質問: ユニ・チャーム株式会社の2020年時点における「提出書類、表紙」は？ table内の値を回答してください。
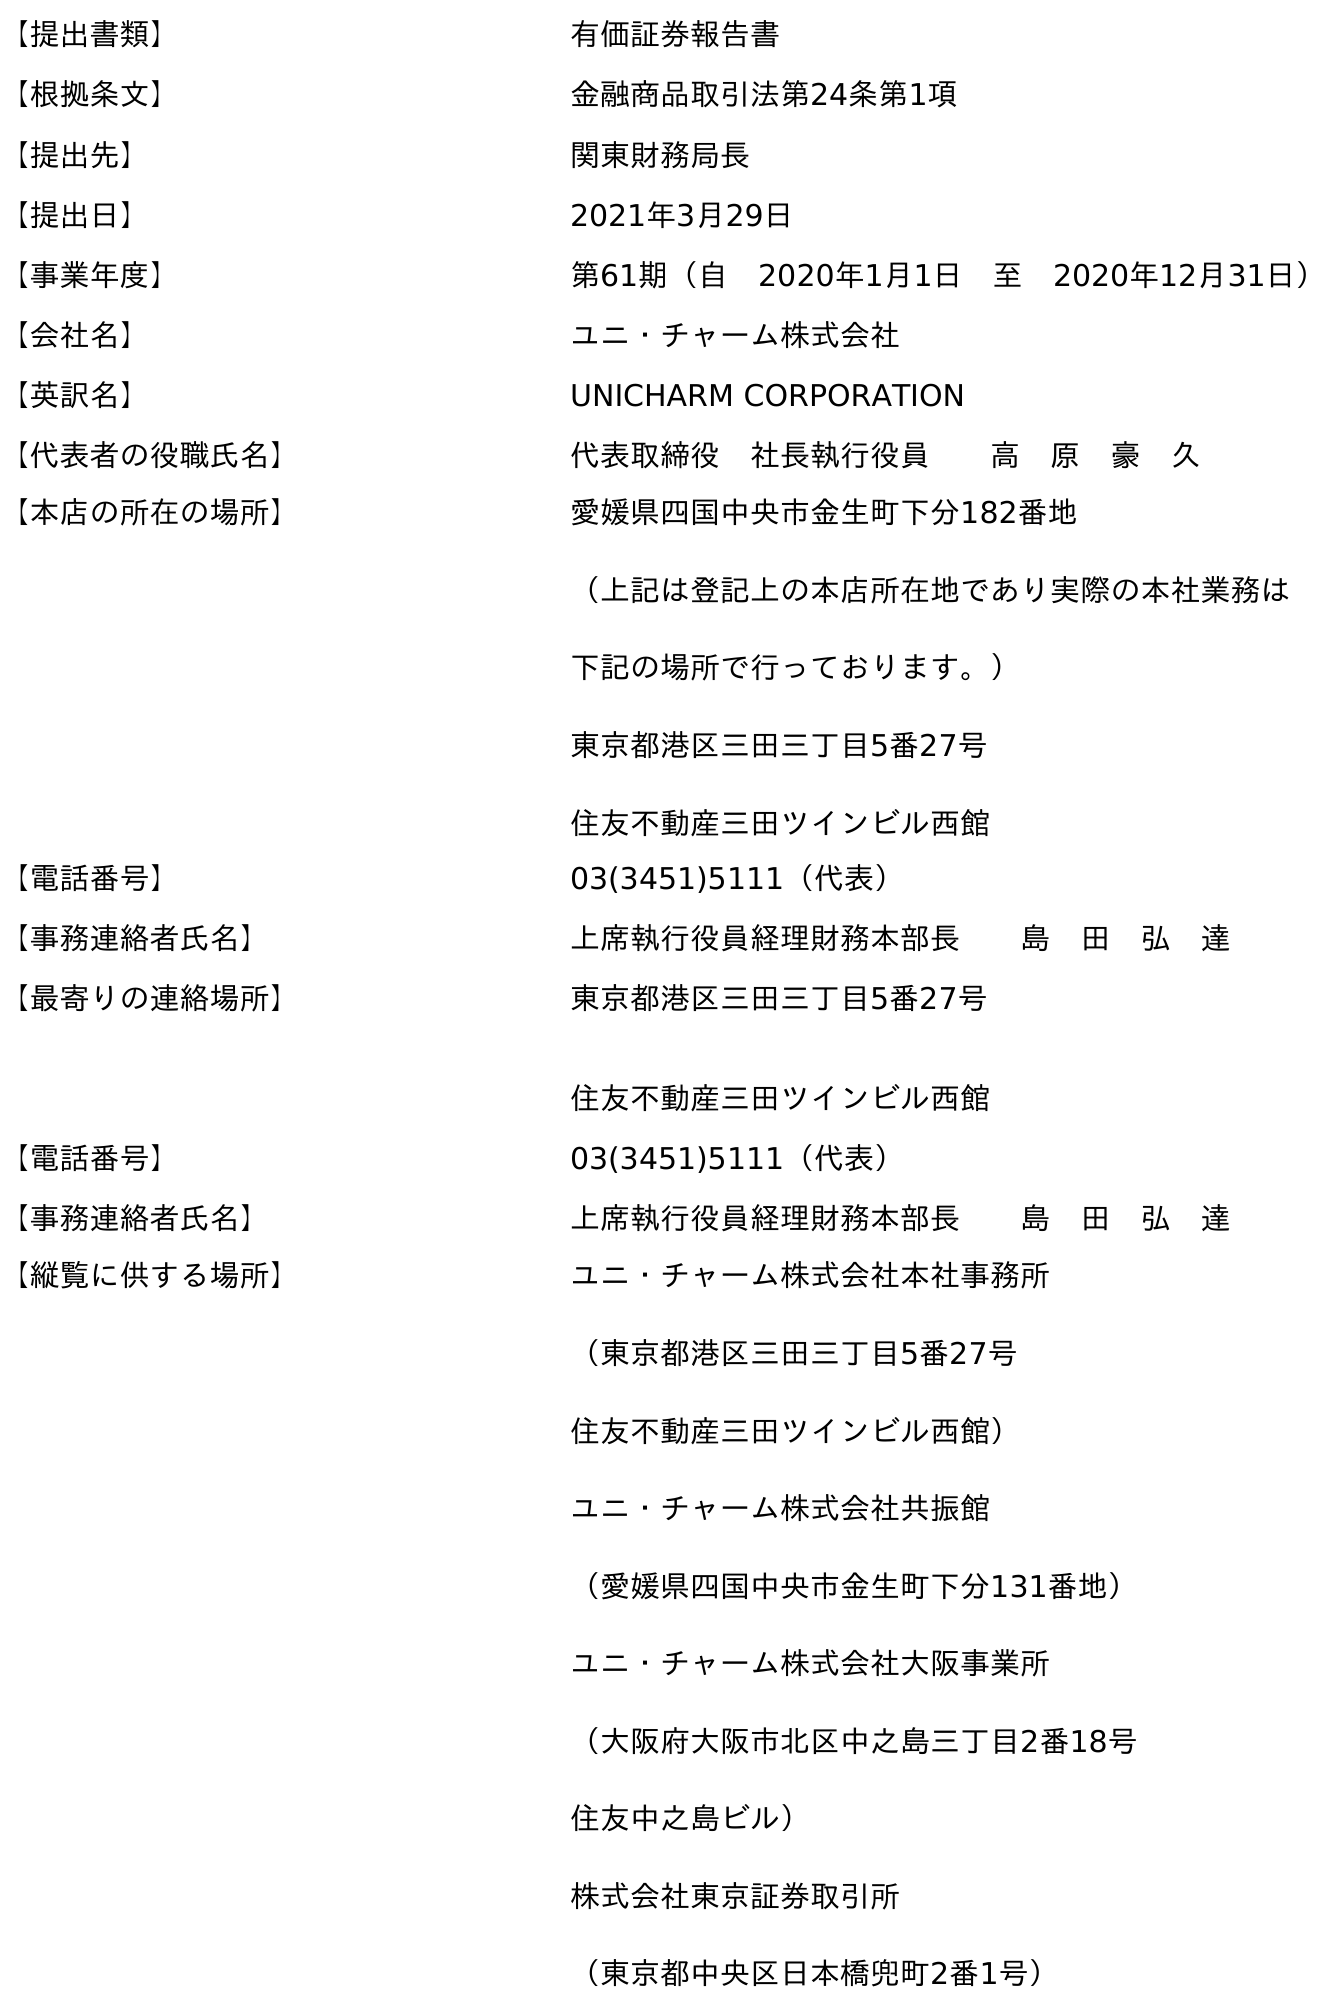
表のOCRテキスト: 【提出書類】 有価証券報告書 【根拠条文】 金融商品取引法第24条第1項 【提出先】 関東財務局長 【提出日】 2021年3月29日 【事業年度】 第61期（自 2020年1月1日 至 2020年12月31日） 【会社名】 ユニ・チャーム株式会社 【英訳名】 UNICHARM CORPORATION 【代表者の役職氏名】 代表取締役 社長執行役員  高 原 豪 久 【本店の所在の場所】 愛媛県四国中央市金生町下分182番地 （上記は登記上の本店所在地であり実際の本社業務は 下記の場所で行っております。） 東京都港区三田三丁目5番27号 住友不動産三田ツインビル西館 【電話番号】 03(3451)5111（代表） 【事務連絡者氏名】 上席執行役員経理財務本部長  島 田 弘 達 【最寄りの連絡場所】 東京都港区三田三丁目5番27号 住友不動産三田ツインビル西館 【電話番号】 03(3451)5111（代表） 【事務連絡者氏名】 上席執行役員経理財務本部長  島 田 弘 達 【縦覧に供する場所】 ユニ・チャーム株式会社本社事務所 （東京都港区三田三丁目5番27号 住友不動産三田ツインビル西館） ユニ・チャーム株式会社共振館 （愛媛県四国中央市金生町下分131番地） ユニ・チャーム株式会社大阪事業所 （大阪府大阪市北区中之島三丁目2番18号 住友中之島ビル） 株式会社東京証券取引所 （東京都中央区日本橋兜町2番1号）
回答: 有価証券報告書